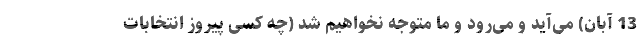
13 آبان) می‌آید و می‌رود و ما متوجه نخواهیم شد (چه کسی پیروز انتخابات